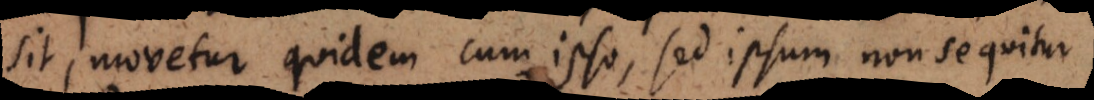
sit, movetur quidem cum ipso, sed ipsum non sequitur.